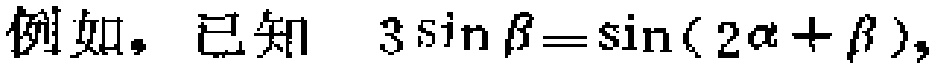
例如，已知 \(3\sin\beta=\sin(2\alpha + \beta)\)，